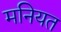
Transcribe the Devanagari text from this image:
मनियत